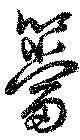
簹